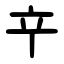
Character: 䇂